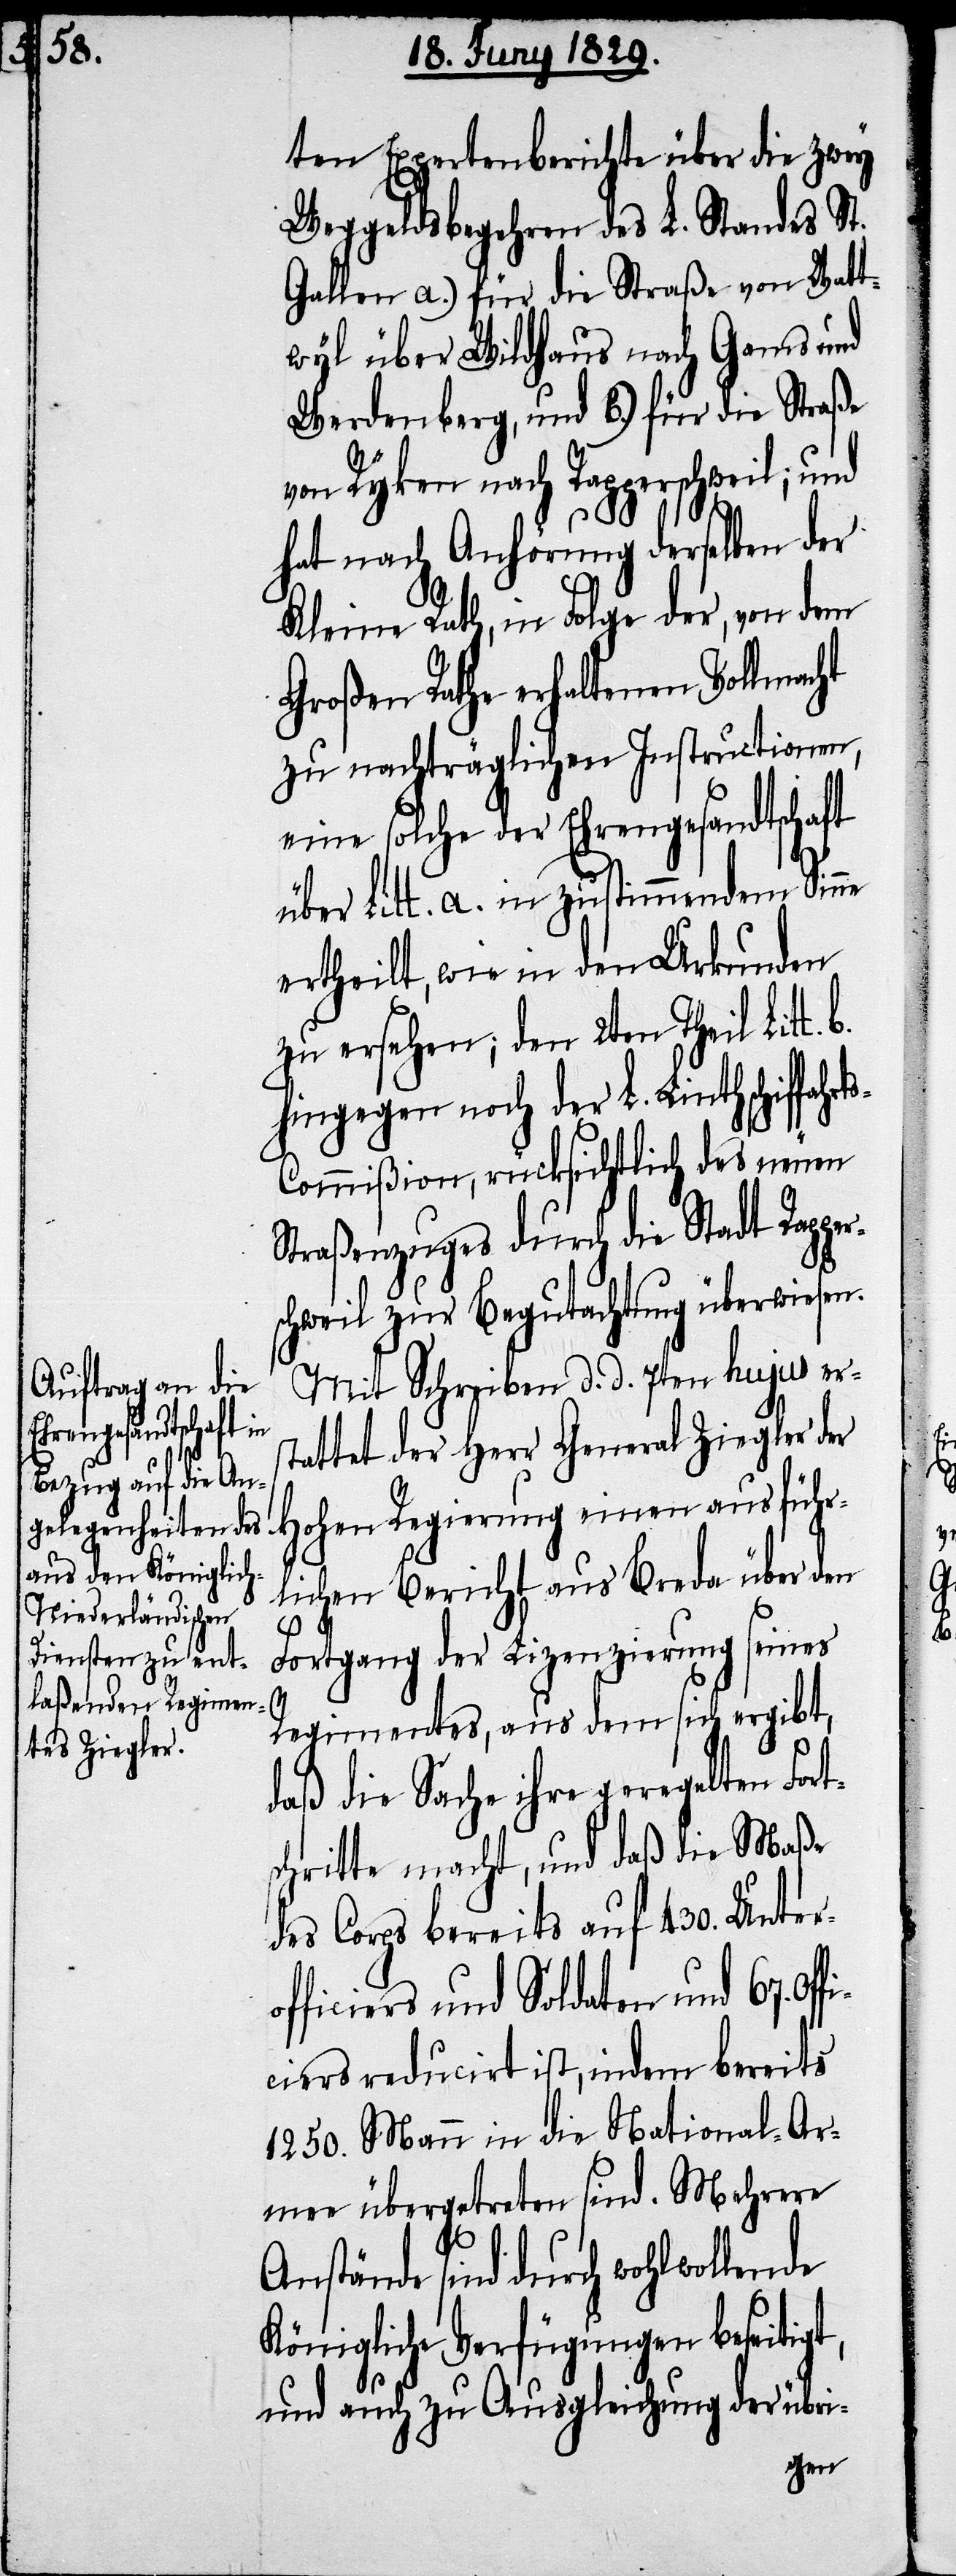
ten Expertenberichte über die zwey
Weggeldsbegehren des L. Standes St.
Gallen a.) für die Straße von Watt¬
wyl über Wildhaus nach Gams und
Werdenberg, und b.) für die Straße
von Rykon nach Rapperschweil; und
hat nach Anhörung derselben der
Kleine Rath, in Folge der, von dem
Großen Rathe erhaltenen Vollmacht
zu nachträglichen Instructionen,
eine solche der Ehrengesandtschaft
über Litt. a. in zustimmendem Sinne
ertheilt, wie in den Urkunden
zu ersehen; den 2ten Theil Litt.
hingegen noch der L. Linthschiffah¬
s-Commißion, rücksichtlich des neuen
Straßenzuges durch die Stadt Rapp¬
schweil zur Begutachtung überwiesen.
Mit Schreiben d. d. 7ten hujus ers¬
tattet der Herr General Ziegler der
fi¬
Hohen Regierung einen ausführ¬
lichen Bericht aus Breda über den
Fortgang der Lizenzierung seines
Regimentes, aus dem sich ergibt,
daß die Sache ihre geregelten Fort¬
schritte macht, und daß die Maße
des Corps bereits auf 430. Unter¬
officiers und Soldaten und 67. Of¬
ciers reducirt ist, indem bereits
1250. Mann in die National-Ar¬
mee übergetreten sind. Mehrere
Anstände sind durch wohlwollende
Königliche Verfügungen beseitigt,
und auch zu Ausgleichung der übri-